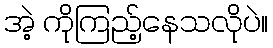
အဲ့ ကိုကြည့်နေသလိုပဲ။